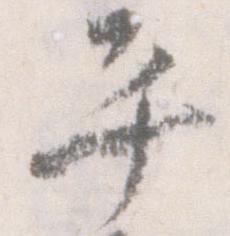
平